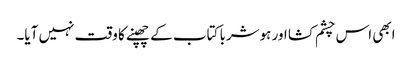
ابھی اس چشم کشا اور ہوشربا کتاب کے چھپنے کا وقت نہیں آیا۔